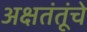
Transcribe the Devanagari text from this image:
अक्षतंतूंचे